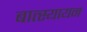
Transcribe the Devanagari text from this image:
बात्स्यायन